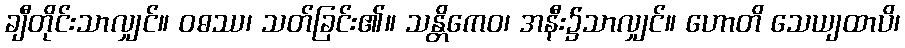
ချီတိုင်းသာလျှင်။ ဝဓဿ၊ သတ်ခြင်း၏။ သန္တိကေဝ၊ အနီး၌သာလျှင်။ ဟောတိ သေယျထာပိ၊